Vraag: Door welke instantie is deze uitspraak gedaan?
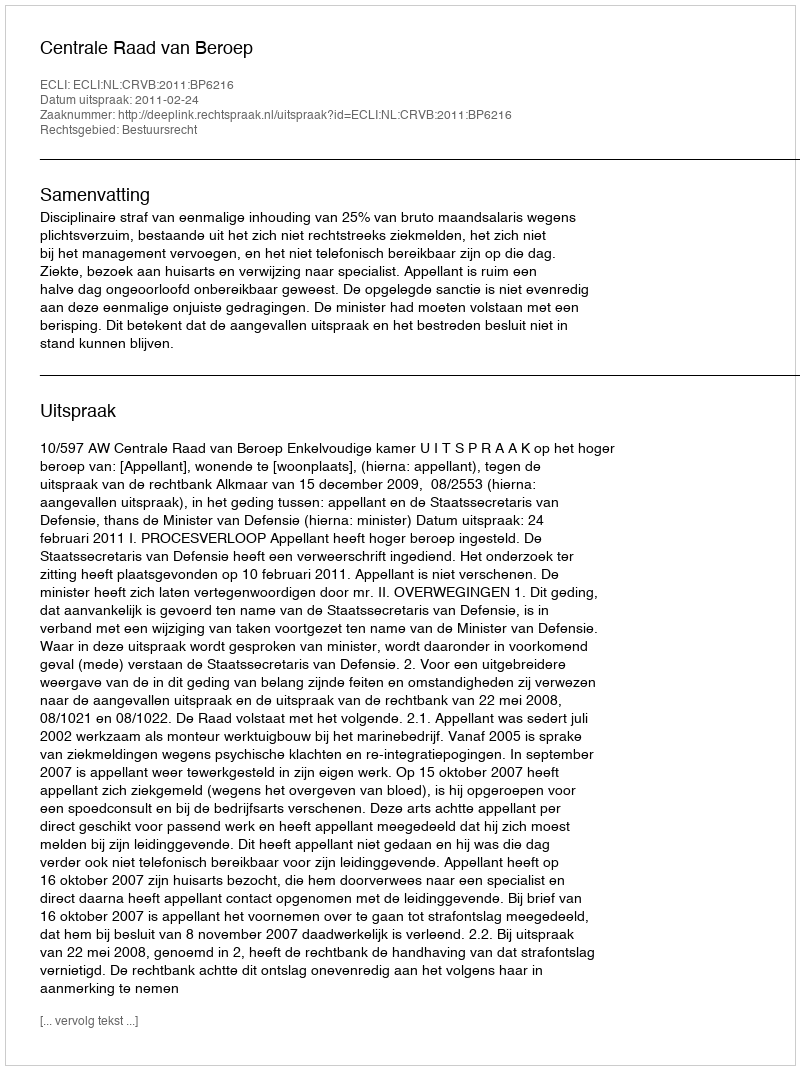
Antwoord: Centrale Raad van Beroep